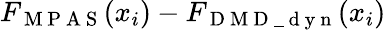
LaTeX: F_{\mathrm{~M~P~A~S~}}(x_{i})-F_{\mathrm{~D~M~D~\_ ~d~y~n~}}(x_{i})